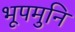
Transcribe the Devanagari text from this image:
भूपमुनि